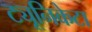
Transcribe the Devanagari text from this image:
ट्यूनिकेटा